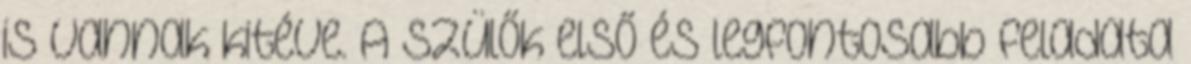
is vannak kitéve. A szülők első és legfontosabb feladata